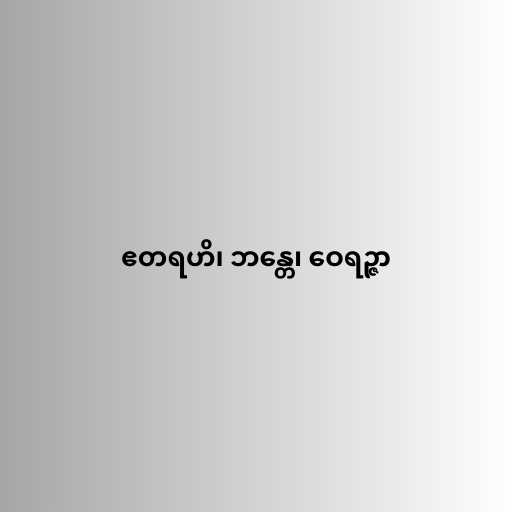
ဧတရဟိ၊ ဘန္တေ၊ ဝေရဉ္ဇာ